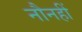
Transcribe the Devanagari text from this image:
नौनहीं